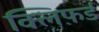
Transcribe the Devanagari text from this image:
क्लिफ़र्ड